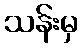
သန်းမှ